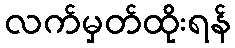
လက်မှတ်ထိုးရန်